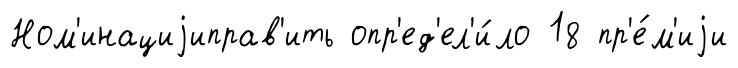
Ном'инациjиправ'ить опр'ед'ел'и́ло 18 пр'е́м'иjи